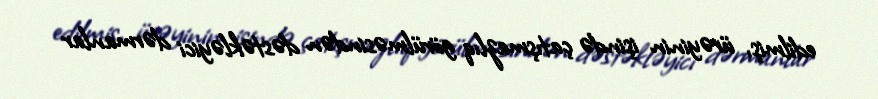
edilmiş, ürəyinin işində çatışmazlıq görülməsindən dəstəkləyici dərmanlar